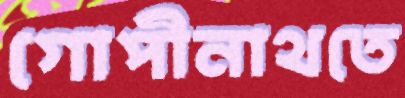
গোপীনাথতে